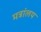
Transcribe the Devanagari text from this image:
मत्रांलय